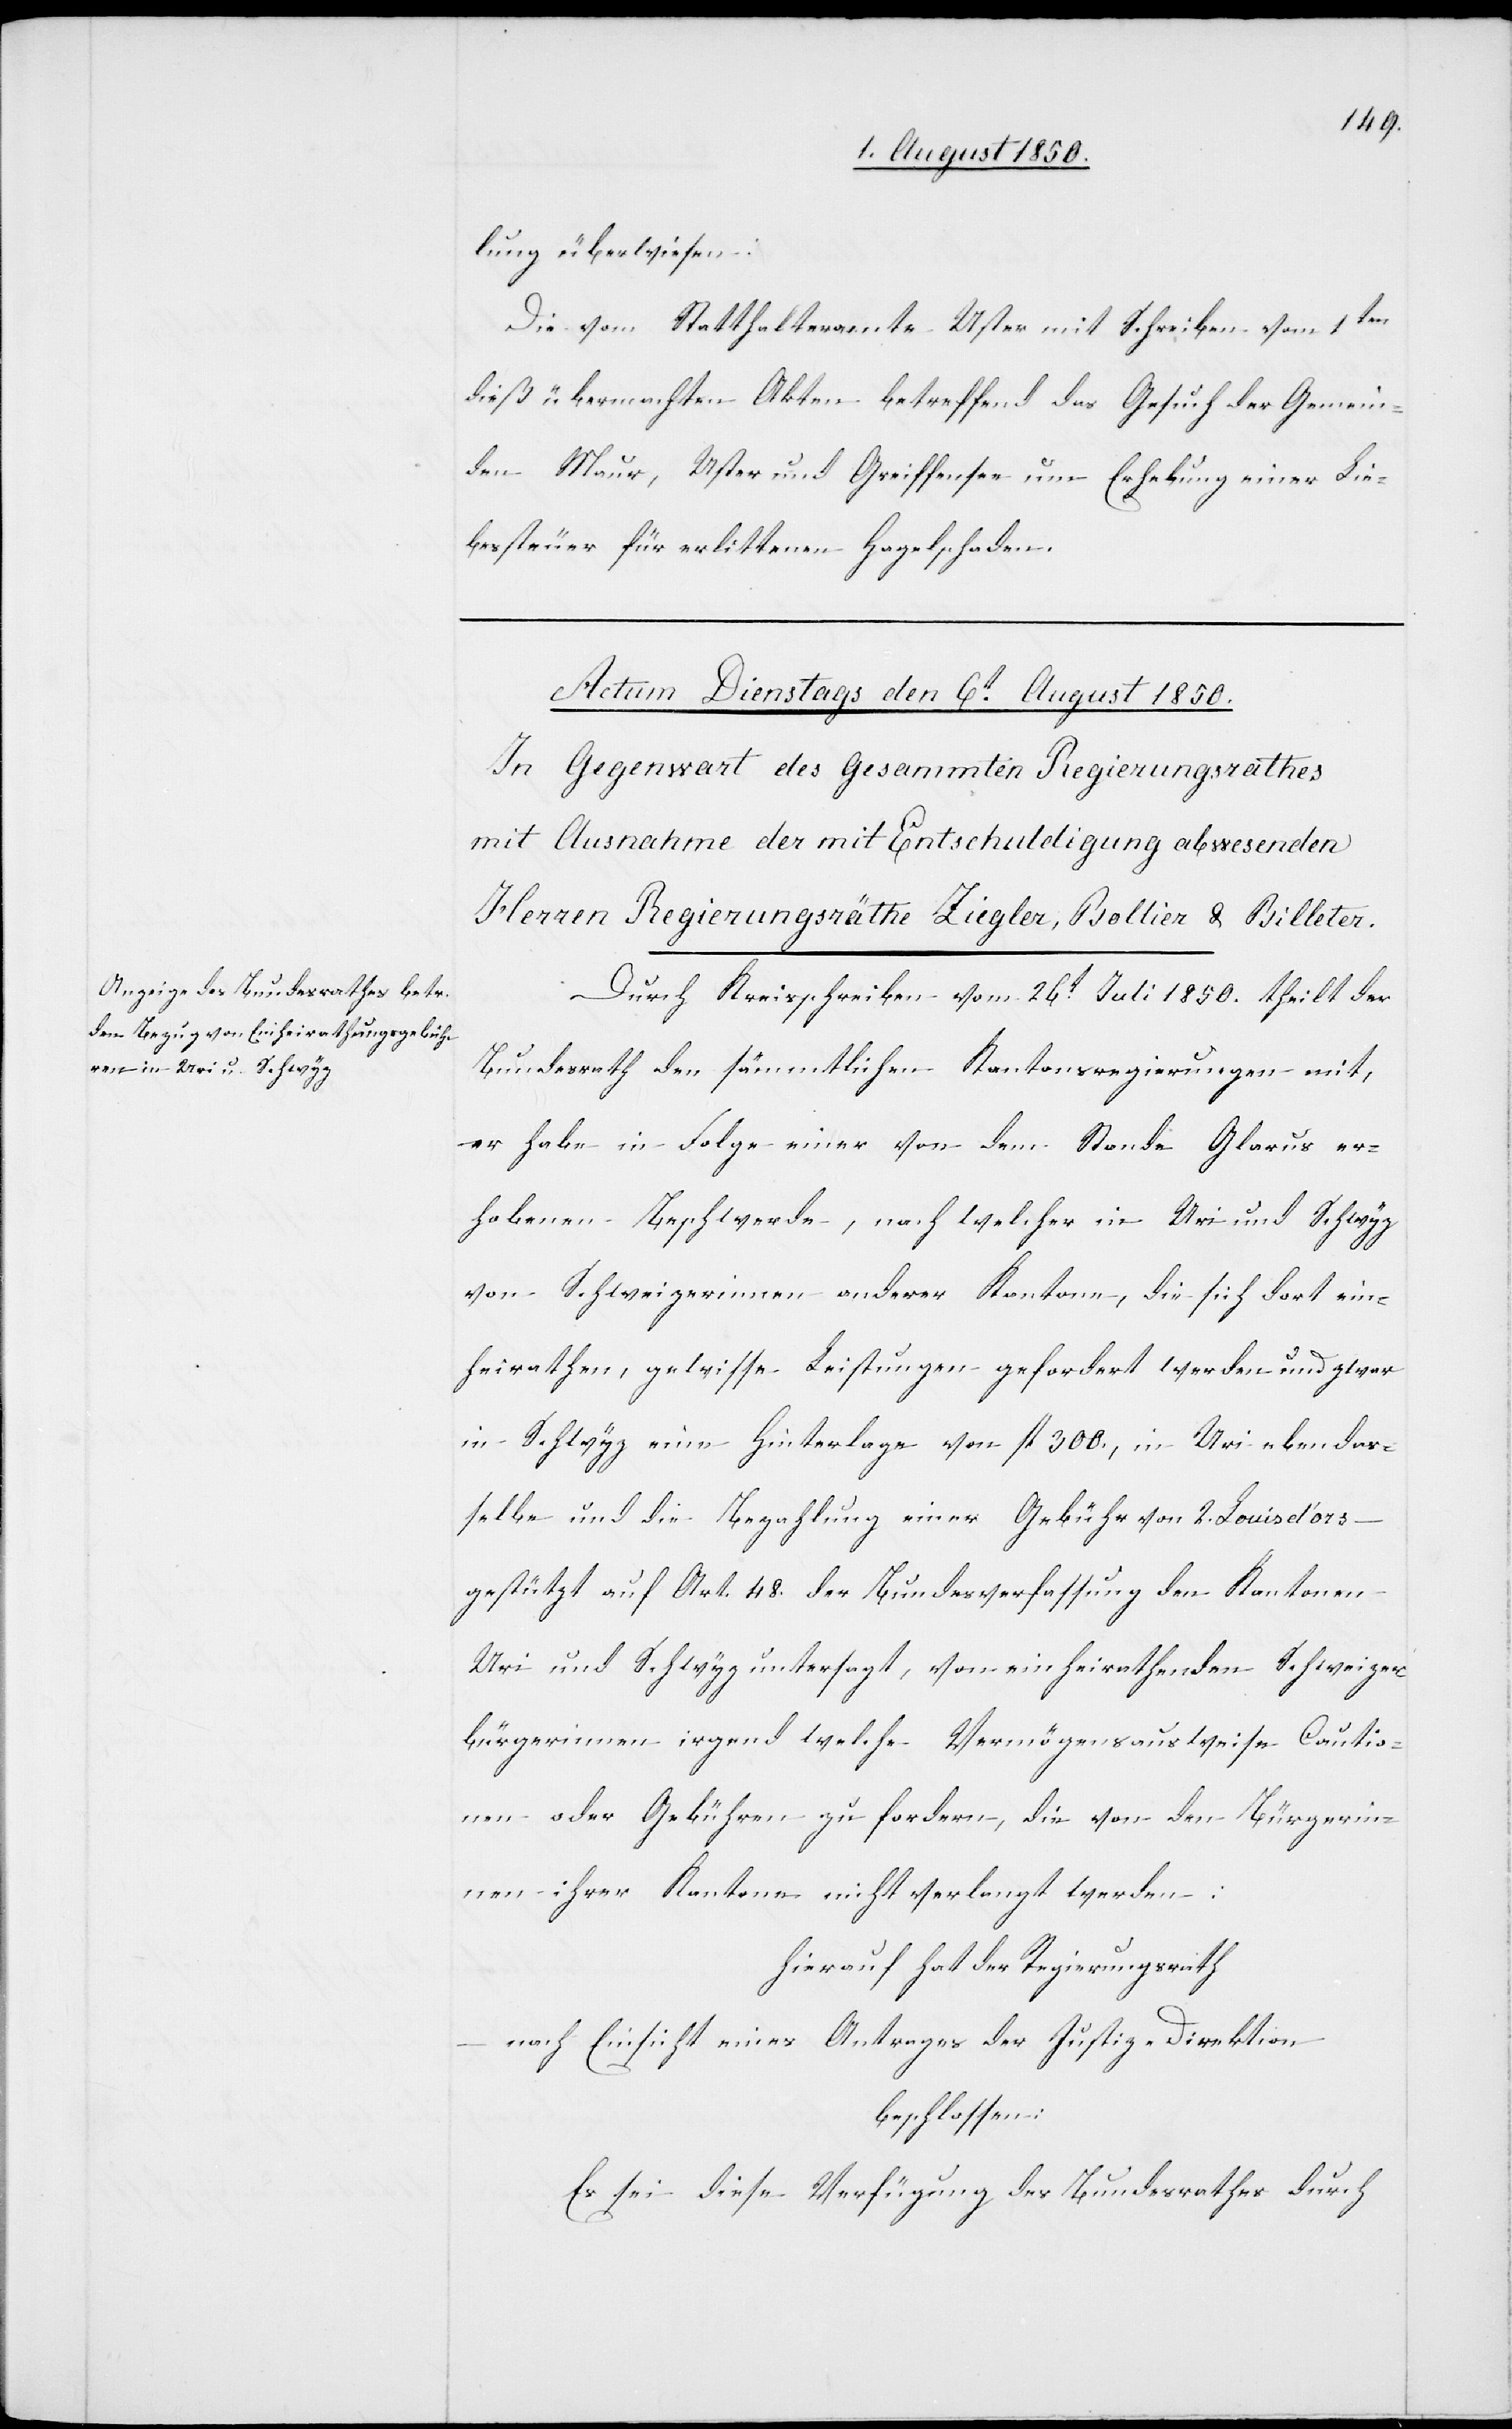
lung überwiesen:
Die vom Statthalteramte Uster mit Schreiben vom 1ten
dieß übermachten Akten betreffend das Gesuch der Gemein¬
den Maur, Uster und Greiffensee um Erhebung einer Lie¬
bessteuer für erlittenen Hagelschaden.
Durch Kreisschreiben vom 26t Juli 1850. theilt der
Bundesrath den sämmtlichen Kantonsregierungen mit,
er habe in Folge einer von dem Stande Glarus er¬
hobenen Beschwerde, nach welcher in Uri und Schwyz
von Schweizerinnen anderer Kantone, die sich dort ein¬
heirathen, gewisse Leistungen gefordert werden und zwar
in Schwyz eine Hinterlage von fl 300., in Uri ebendas¬
selbe und die Bezahlung einer Gebühr von 2. Louisd’ors –
gestützt auf Art 48. der Bundesverfassung den Kantonen
Uri und Schwyz untersagt, von einheirathenden Schweizer¬
bürgerinnen irgend welche Vermögensausweise[,] Cautio¬
nen oder Gebühren zu fordern, die von den Bürgerin¬
nen ihrer Kantone nicht verlangt werden:
hierauf hat der Regierungsrath
nach Einsicht eines Antrages der Justiz-Direktion
beschlossen:
Es sei diese Verfügung des Bundesrathes durch